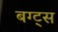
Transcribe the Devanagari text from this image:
बग्ट्स